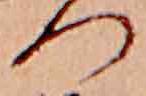
つ